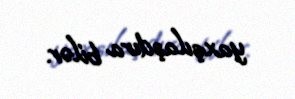
yaxşılaşdıra bilər.